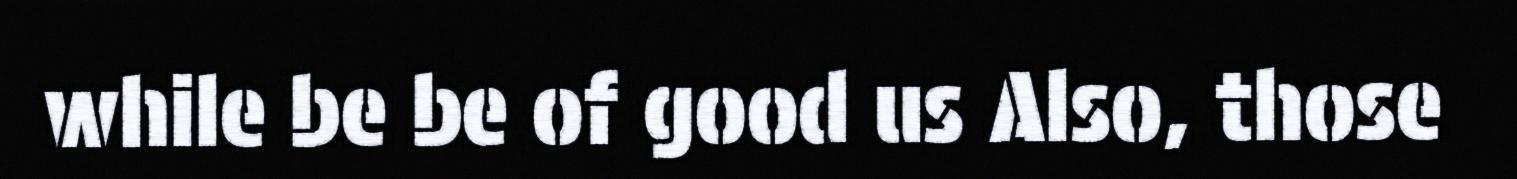
while be be of good us Also, those